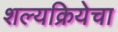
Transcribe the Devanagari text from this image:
शल्यक्रियेचा